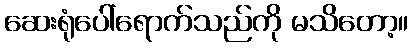
ဆေးရုံပေါ်ရောက်သည်ကို မသိတော့။